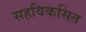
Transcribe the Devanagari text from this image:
सहविकसित